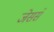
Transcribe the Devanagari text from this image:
जेससे